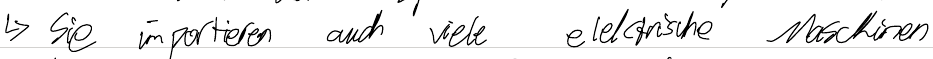
-> Sie importieren auch viele elektrische Maschinen